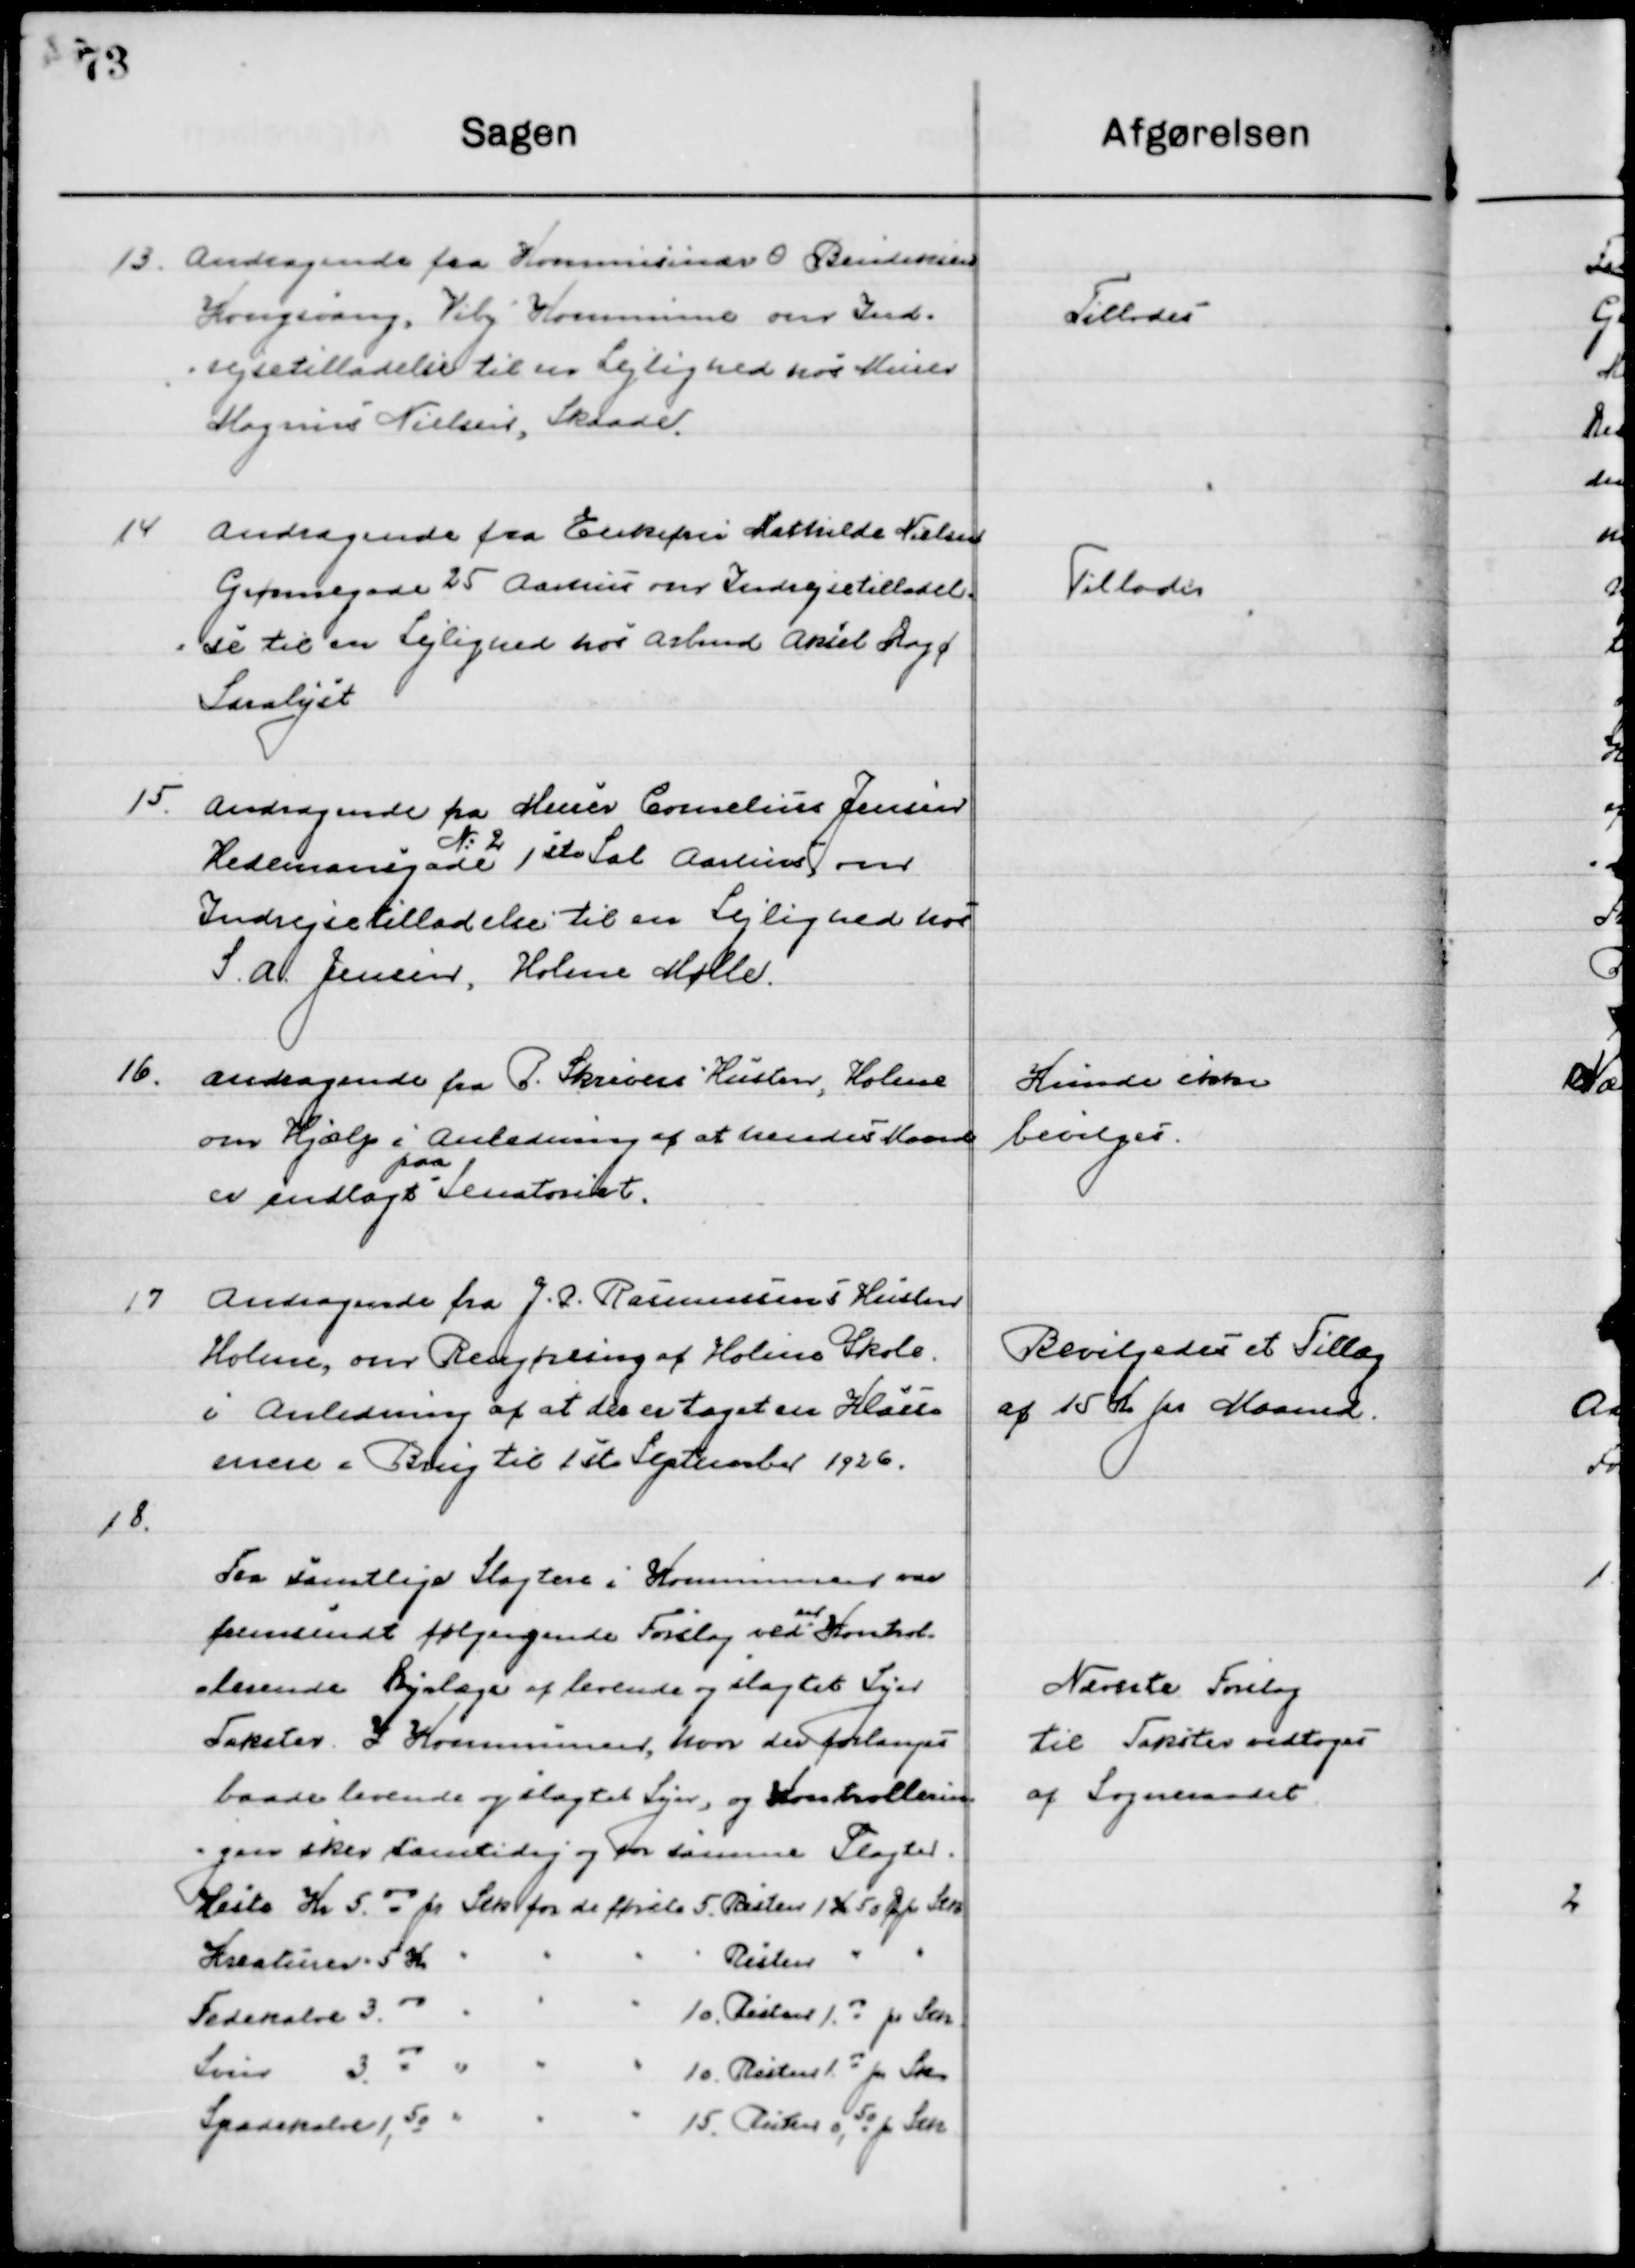
Transskription:
13

Andragende fra Kommissær O. Bendiksen
Kongsvang, Viby kommune om Ind-
rejsetilladelse til en Lejlighed hos Murer
Mogens Nielsen, Skaade

Tillodes

14

Andragende fra Enkefrue Mathilde Nielsen
Grønnegade 25 Aarhus om Indrejsetilladel-
se til en Lejlighed hos Arbmd. Aksel Dagø
Saralyst.

Tillodes

15

Andragende fra Murer Cornelius Jensen 
Hedemannsgade 
N. 2
1ste St. Aarhus om
Indrejsetilladelse til en Lejlighed hos 	
S. A. Jensen, Holme Mølle.

16

Andragende fra P. Skivers Hustru, 
om Hjælp i Anledning af at hendes Mand 
er indlagt 
paa 
Sanatoriet.

Kunde ikke 
bevilges

17

Andragende fra J. P. Rasmussens Hustru
Holme om Rengøring af Holme Skole
I Anledning af at der er taget en Klasse
mere i Brug til 1ste September 1926.

Bevilgedes et Tillæg
af 15 Kr. pr. Maaned

18

Fra samtlige Slagtere i kommunen var
Fremsendt følgende forslag ved en Kontrol
Stederne Dyrlæge af levende og slagtet Svin
Takster i Kommunen hvor der forlanges
baade levende og slagtet Svin, og Kontrolle-
ringen sker samtidig og for samme Takster

Nævnte Forslag
til Takster vedtoges
af Sogneraadet